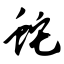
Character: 蛇